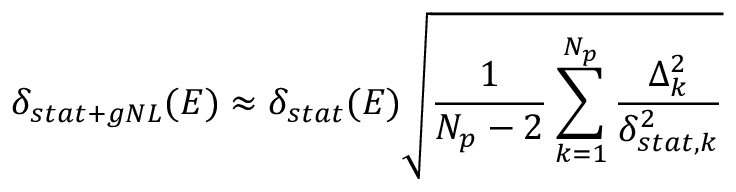
\delta _ { s t a t + g N L } ( E ) \approx \delta _ { s t a t } ( E ) \sqrt { \frac { 1 } { N _ { p } - 2 } \sum _ { k = 1 } ^ { N _ { p } } \frac { \Delta _ { k } ^ { 2 } } { \delta _ { s t a t , k } ^ { 2 } } }